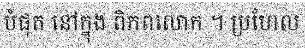
បំផុត នៅក្នុង ពិភពលោក ។ ប្រហែល